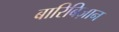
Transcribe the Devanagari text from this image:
बारिबिज़ान